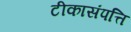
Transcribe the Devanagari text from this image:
टीकासंपत्ति